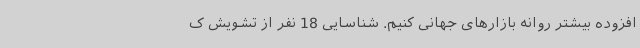
افزوده بیشتر روانه بازارهای جهانی کنیم. شناسایی 18 نفر از تشویش ک